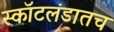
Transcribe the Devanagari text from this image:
स्कॉटलंडातच